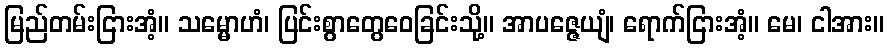
မြည်တမ်းငြားအံ့။ သမ္မောဟံ၊ ပြင်းစွာတွေဝေခြင်းသို့။ အာပဇ္ဇေယျံ၊ ရောက်ငြားအံ့။ မေ၊ ငါအား။